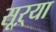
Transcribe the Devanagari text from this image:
सूऱ्या